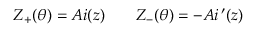
Z _ { + } ( \theta ) = A i ( z ) \qquad Z _ { - } ( \theta ) = - A i \, ^ { \prime } ( z )